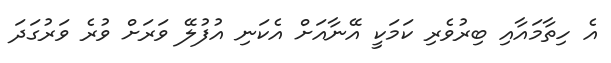
އެ ހިތާމައާއި ބިރުވެރި ކަމަކީ އޭނާއަށް އެކަނި އުފުލޭ ވަރަށް ވުރެ ވަރުގަދަ